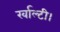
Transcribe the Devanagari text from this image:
रर्वाल्टी।